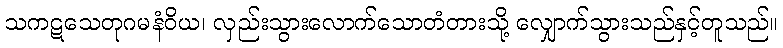
သကဋသေတုဂမနံဝိယ၊ လှည်းသွားလောက်သောတံတားသို့ လျှောက်သွားသည်နှင့်တူသည်။